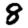
Digit: 8